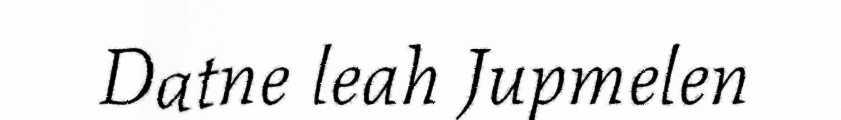
Datne leah Jupmelen